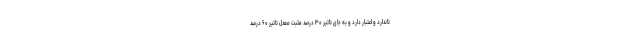
تاندارد و اعتبار دارد و به جای تاثیر ۳۰ درصد مثبت معدل تاثیر ۶۰ درصد